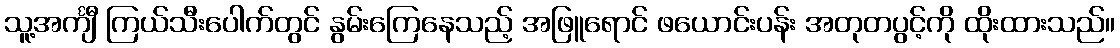
သူ့အင်္ကျီ ကြယ်သီးပေါက်တွင် နွမ်းကြေနေသည့် အဖြူရောင် ဖယောင်းပန်း အတုတပွင့်ကို ထိုးထားသည်။